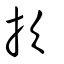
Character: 扻